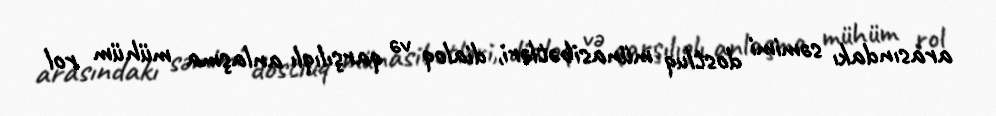
arasındakı səmimi dostluq münasibətləri, dialoq və qarşılıqlı anlaşma mühüm rol